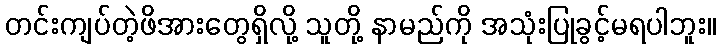
တင်းကျပ်တဲ့ဖိအားတွေရှိလို့ သူတို့ နာမည်ကို အသုံးပြုခွင့်မရပါဘူး။